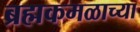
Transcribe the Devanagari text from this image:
ब्रह्मकमळाच्या